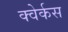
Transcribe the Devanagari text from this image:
क्वेर्कस